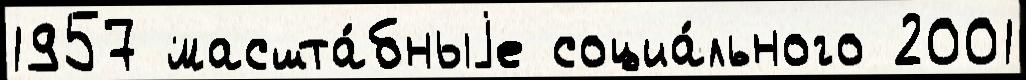
1957 масшта́бныjе социа́льного 2001